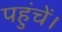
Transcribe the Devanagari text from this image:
पहुंचें।